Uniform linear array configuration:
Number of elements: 8
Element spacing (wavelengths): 1
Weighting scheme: hamming
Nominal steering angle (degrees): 0
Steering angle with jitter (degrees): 0.8849
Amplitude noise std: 0.05
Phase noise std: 0.05

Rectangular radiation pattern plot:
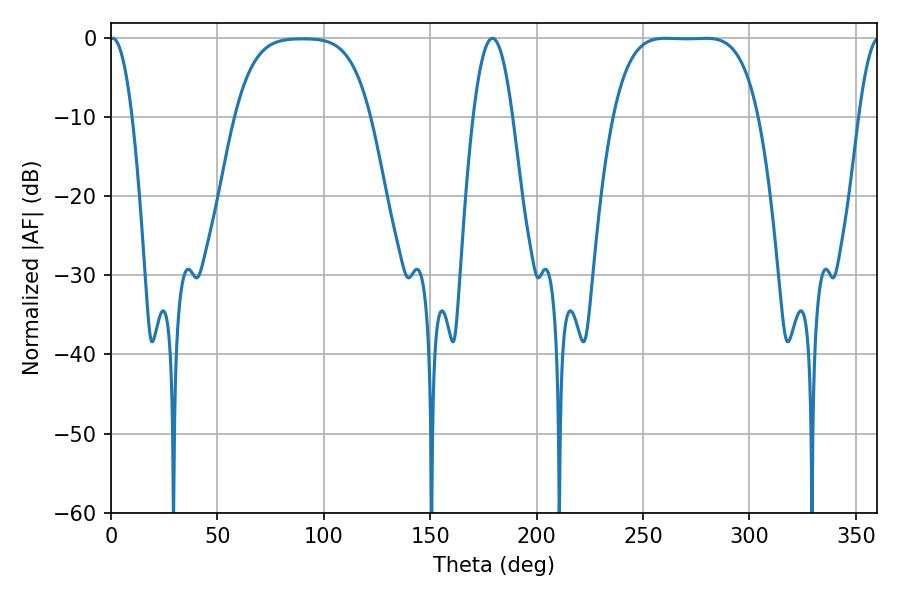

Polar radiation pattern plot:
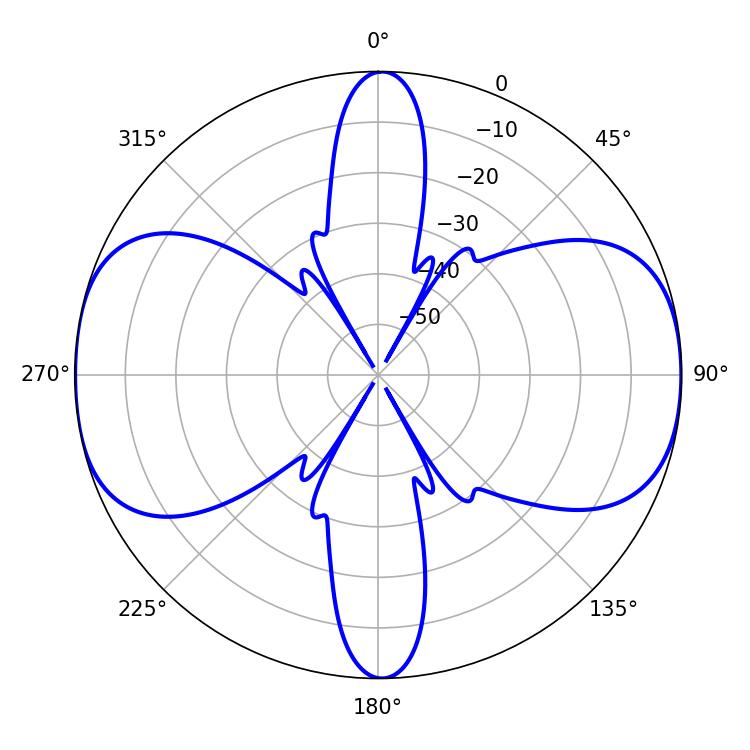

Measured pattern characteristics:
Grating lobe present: TRUE
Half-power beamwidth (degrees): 52.2
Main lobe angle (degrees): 260.64